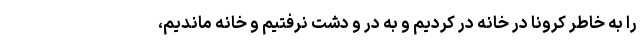
را به خاطر کرونا در خانه در کردیم و به در و دشت نرفتیم و خانه ماندیم،